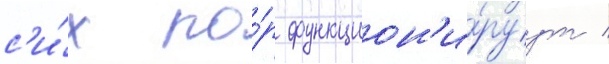
с'и́х по́р функцион'и́руут /